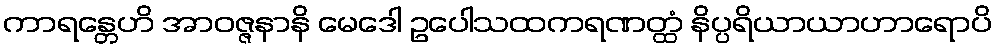
ကာရန္တေဟိ အာဝဇ္ဇနာနိ မေဒေါ ဥပေါသထကရဏတ္ထံ နိပ္ပရိယာယာဟာရောပိ